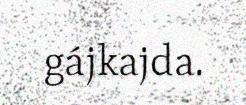
gájkajda.